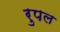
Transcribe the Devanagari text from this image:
रुपल